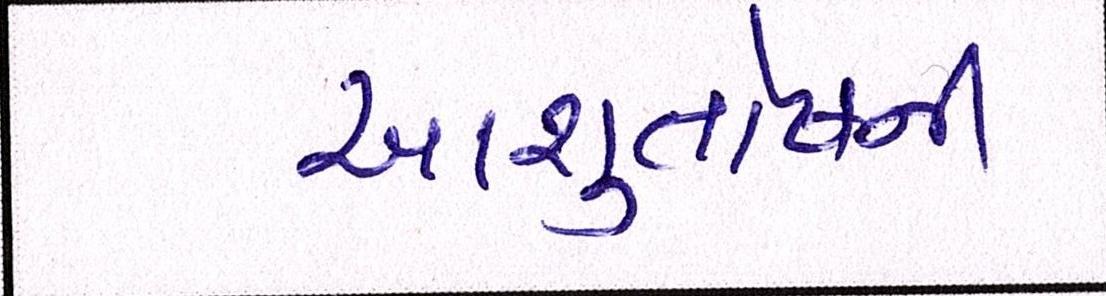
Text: આશુતોષની